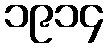
၁၉၁၄